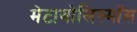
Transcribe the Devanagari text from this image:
मेटाबोलिस्मॉस